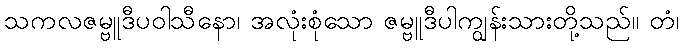
သကလဇမ္ဗူဒီပဝါသီနော၊ အလုံးစုံသော ဇမ္ဗူဒီပါကျွန်းသားတို့သည်။ တံ၊